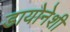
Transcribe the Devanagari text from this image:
डायोनेशी